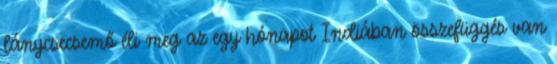
lánycsecsemő éli meg az egy hónapot Indiában összefüggés van